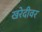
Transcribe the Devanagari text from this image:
खरेदीवर